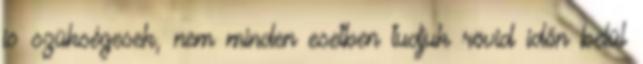
is szükségesek, nem minden esetben tudjuk rövid időn belül